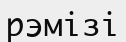
рэмізі